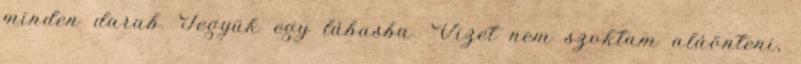
minden darab. Tegyük egy lábasba. Vizet nem szoktam aláönteni,